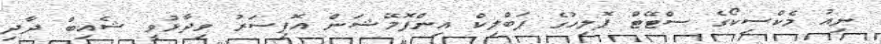
ނިއު މެކްސިކޯގެ ސްޓޭޓް ޕޮލިހުގެ ޕަބްލިކް އިންފޮމޭޝަން އޮފިސަރު ވިދާޅުވީ ޝެއިބް ދާދި